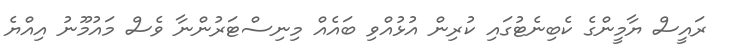
ރައީސް ޔާމީންގެ ކެބިނެޓުގައި ކުރިން އުޅުއްވި ބައެއް މިނިސްޓަރުންނާ ވެސް މައުމޫނު އިއްޔެ